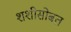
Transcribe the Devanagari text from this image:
शशीसोबत